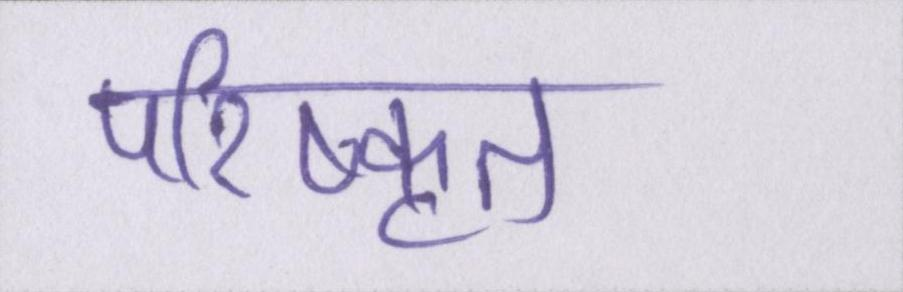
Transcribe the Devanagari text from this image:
परिष्कृत